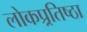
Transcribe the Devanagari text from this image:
लोकप्र्रतिष्ठा